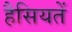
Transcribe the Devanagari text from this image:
हैसियतें